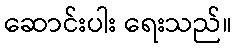
ဆောင်းပါး ရေးသည်။